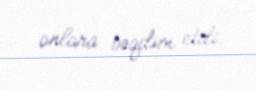
onlara təqdim etdi.